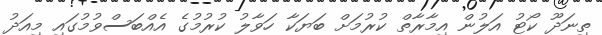
ތިނަދޫ ކޯޓު އަލުން އިމާރާތް ކުރުމަށް ބަޔަކާ ހަވާލު ކުރުމުގެ އެއްބަސްވުމުގައި މިއަދު